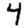
Digit: 4